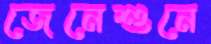
জেনেশুনে